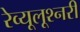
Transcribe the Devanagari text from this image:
रेव्यूलूश्नरी